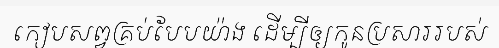
កៀបសព្វគ្រប់បែបយ៉ាង ដើម្បីឲ្យកូនប្រសាររបស់